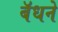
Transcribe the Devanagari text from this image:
बॅधने